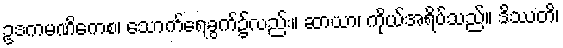
ဥဒကမဏိကေစ၊ သောက်ရေခွက်၌လည်း။ ဆာယာ၊ ကိုယ်အရိပ်သည်။ ဒိဿတိ၊